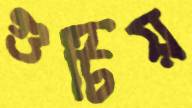
গুটিয়